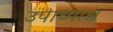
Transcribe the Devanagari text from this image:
उपाध्याश्च